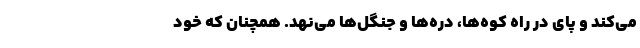
می‌کند و پای در راهِ کوه‌ها، دره‌ها و جنگل‌ها می‌نهد. همچنان که خود